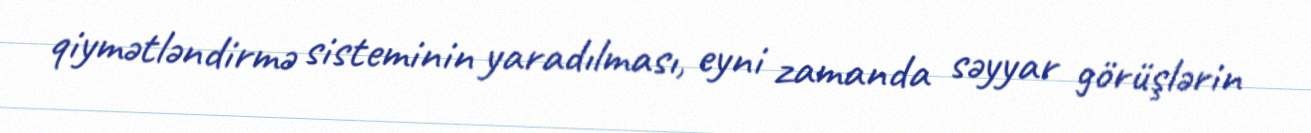
qiymətləndirmə sisteminin yaradılması, eyni zamanda səyyar görüşlərin